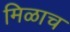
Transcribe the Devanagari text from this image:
मिळाच